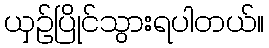
ယှဉ်ပြိုင်သွားရပါတယ်။